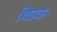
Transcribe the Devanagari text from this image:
थिउक